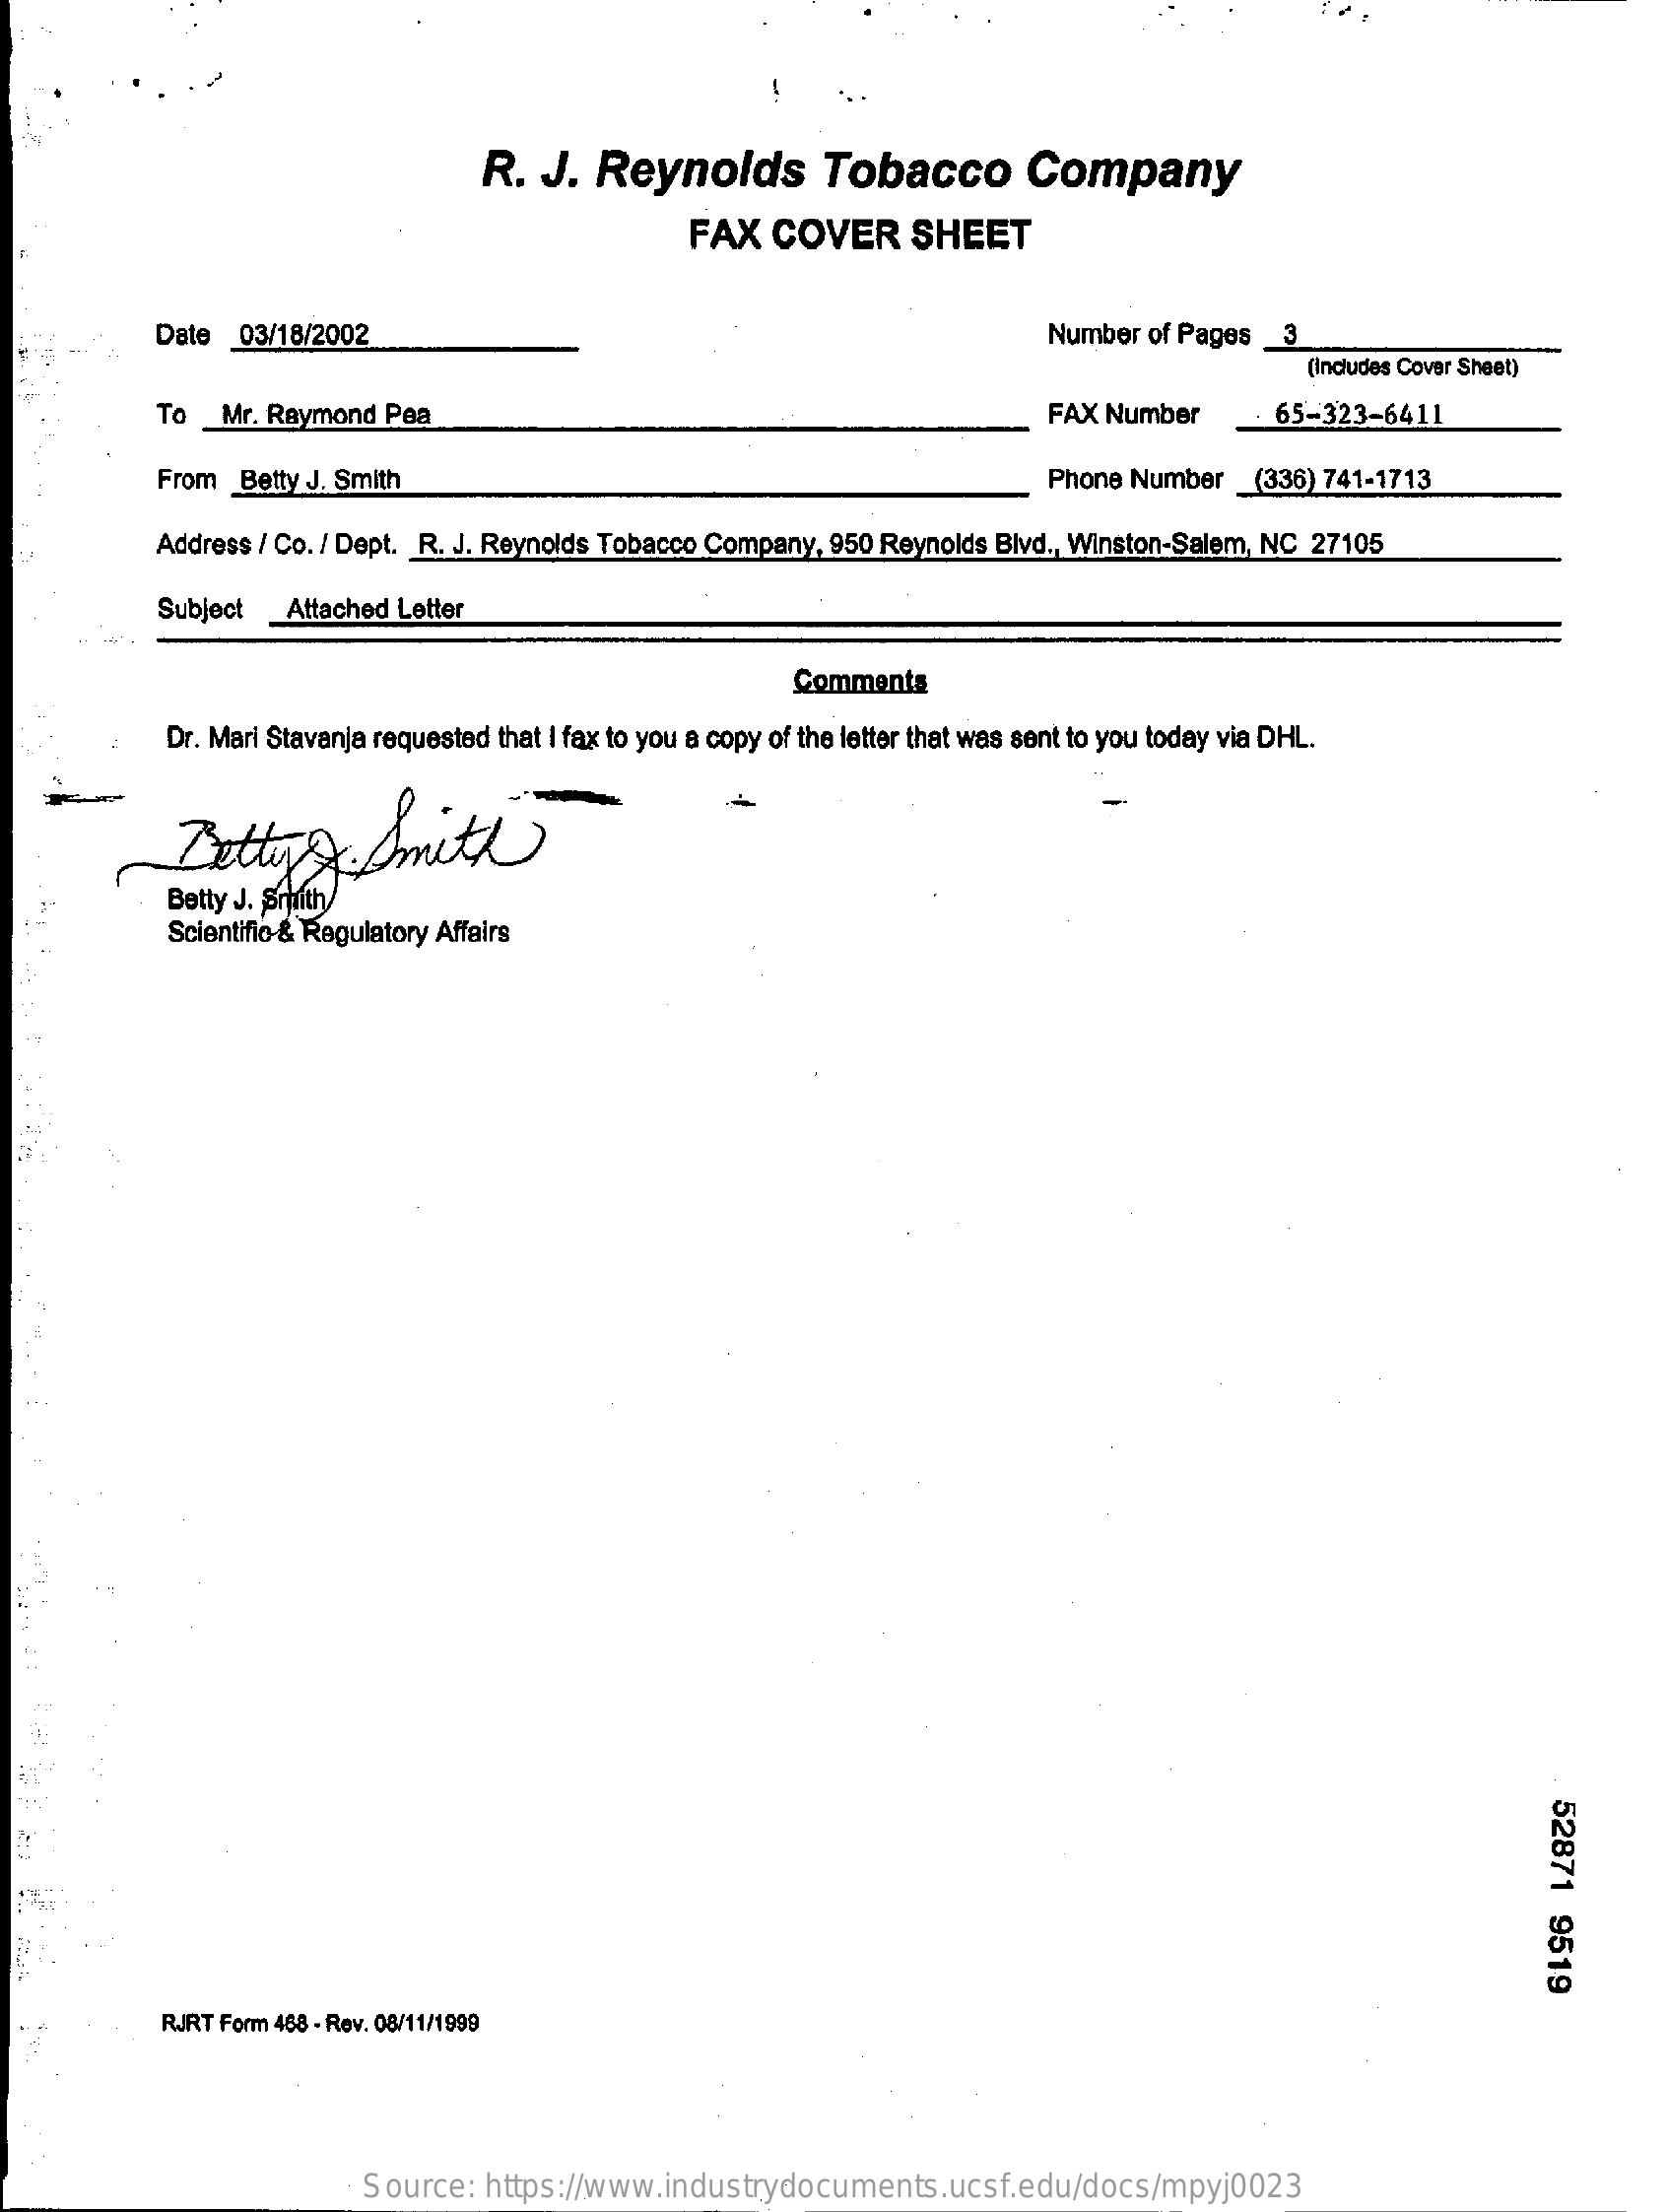
R.  J. Reynolds    Tobacco    Company
     FAX  COVER    SHEET
     Date 03/18/2002    Number of Pages _3
     (Includes Cover Sheet)
     To _Mr. Raymond Pea    FAX Number    65-323-6411
     From Betty J. Smith    Phone Number  (336) 741-1713
     Address / Co. / Dept. R. J. Reynolds Tobacco Company, 950 Reynolds Blvd ., Winston-Salem, NC 27105
     Subject _Attached Letter
     Comments
     Dr. Mari Stavanja requested that I fax to you a copy of the letter that was sent to you today via DHL.
     Betty    Smith
     Betty J. Smith
     Scientific & Regulatory Affairs
     52871
     9519
     RJRT Form 488 - Rev. 08/11/1999
     Source: https://www.industrydocuments.ucsf.edu/docs/mpyj0023